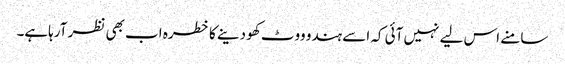
سامنے اس لیے نہیں آئی کہ اسے ہندو ووٹ کھو دینے کا خطرہ اب بھی نظر آرہاہے۔